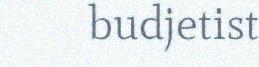
budjetist